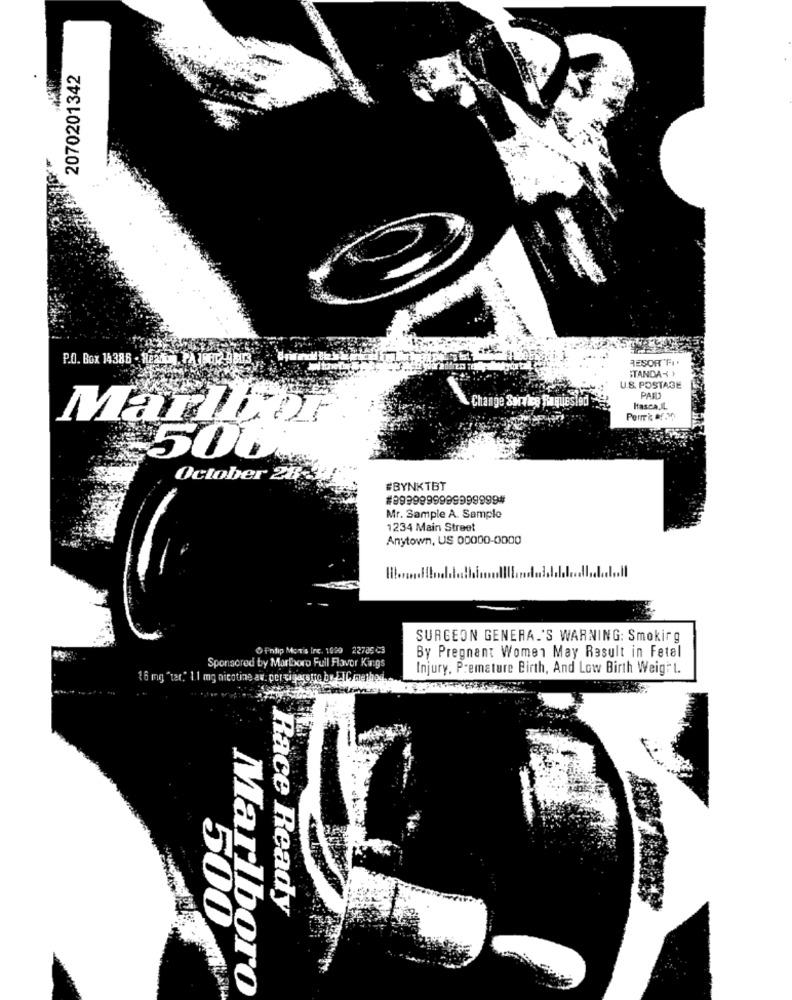
2070201342
RESORT "FI
P.O. Box 14386 - 822001, PAJPER
STANDA-
U.S. POSTAGE
PAID
Change Service Raquesto
Hasca.IL
MarliFor
500
October 28
#BYNKTBT
#9999999999999999#
Mr. Sample A. Sample
1234 Main Street
Anytown, US 00000-0000
SURGEON GENERAL'S WARNING: Smokir g
fnlip Mox's Irc. 1999 22785 C3
By Pregnant Women May Result in Fetal
Sponsored by Marlboro Full Flavor Kings
Injury, Premature Birth, And Low Birth Weight.
16 mg "ter," 1.1 mg nicotine av. per gigerouro br-LIC/nethad,
Race Ready
500
Marlboro